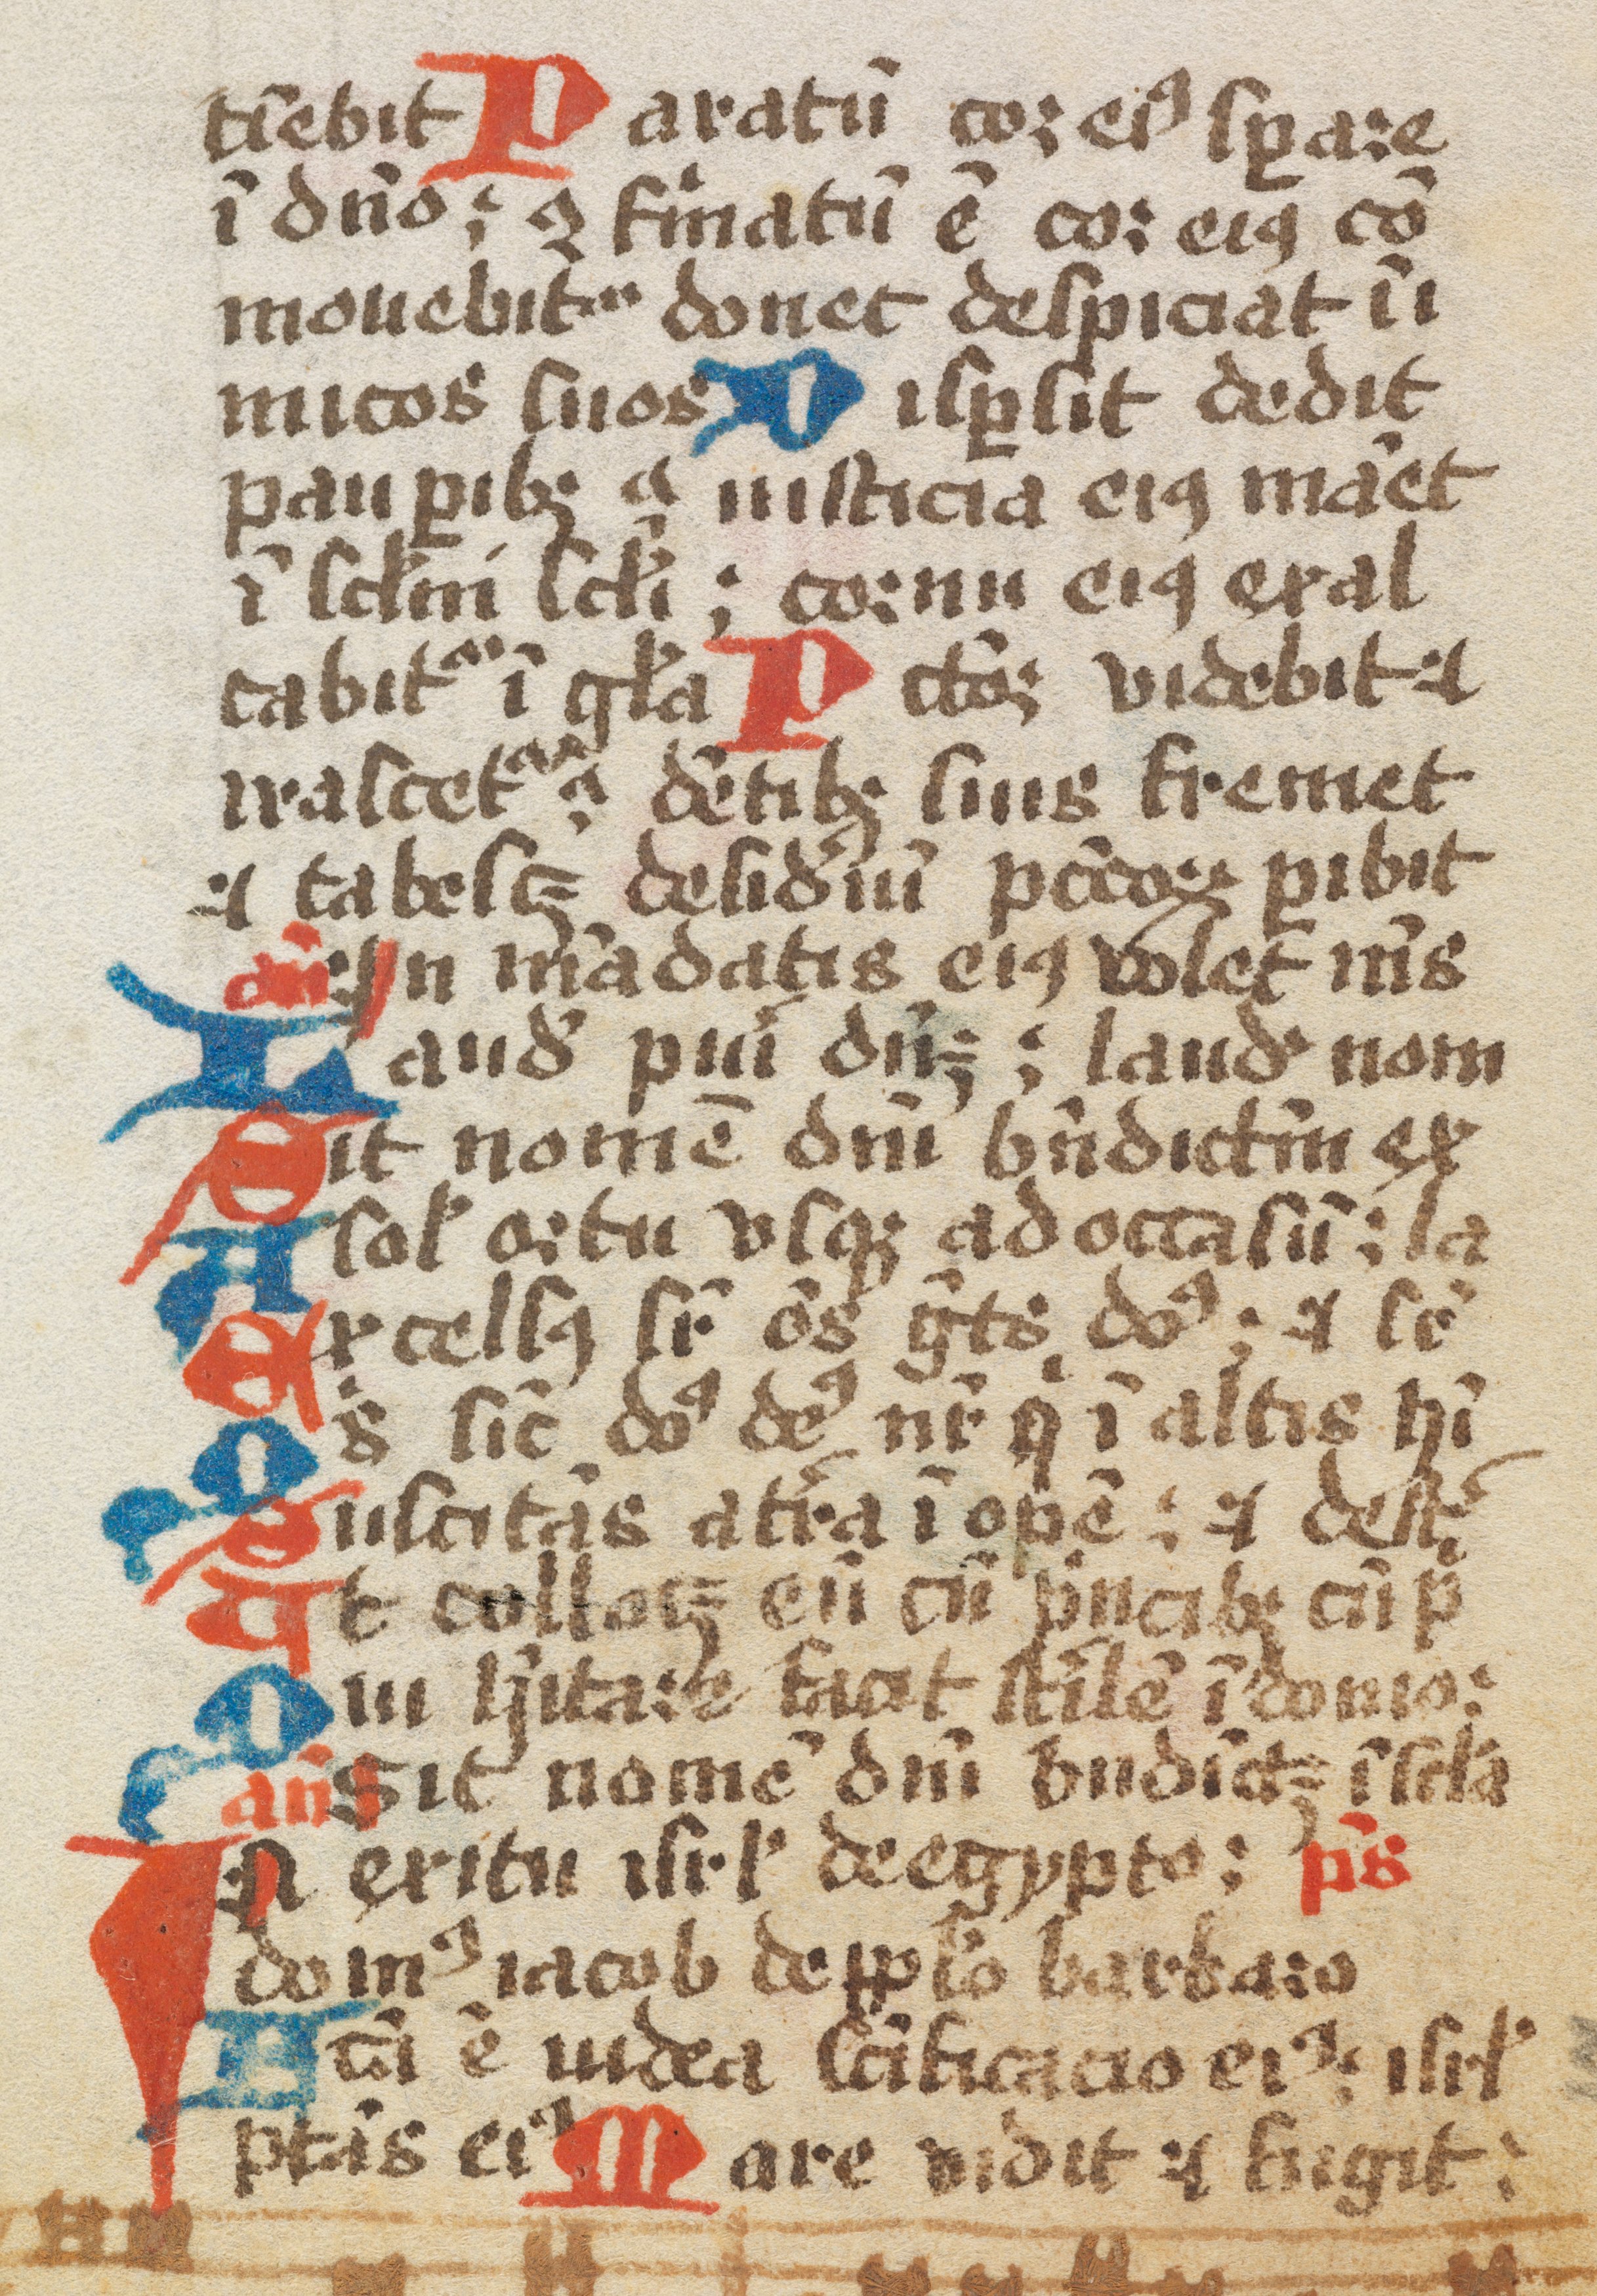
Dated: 1461–1499